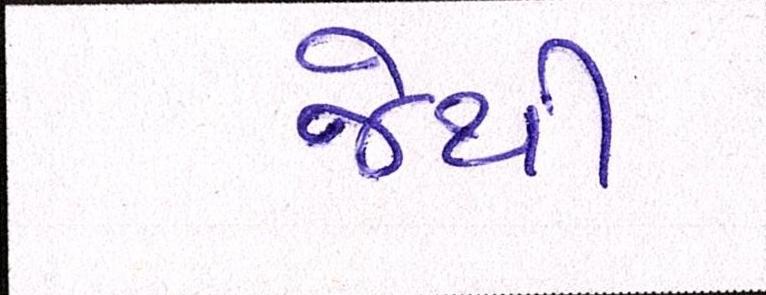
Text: જેથી